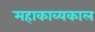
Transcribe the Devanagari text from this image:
महाकाव्‍यकाल